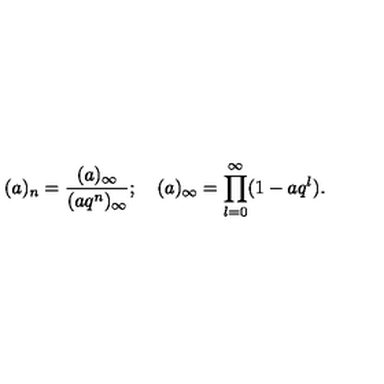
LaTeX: ( a ) _ { n } = \frac { ( a ) _ { \infty } } { ( a q ^ { n } ) _ { \infty } } ; \quad ( a ) _ { \infty } = \prod _ { l = 0 } ^ { \infty } ( 1 - a q ^ { l } ) .